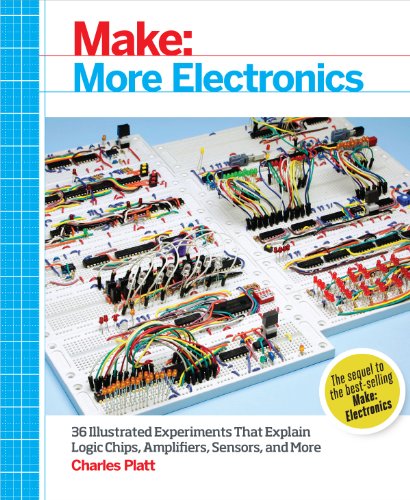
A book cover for Make: More Electronics: Journey Deep Into the World of Logic Chips, Amplifiers, Sensors, and Randomicity; Charles Platt; Engineering & Transportation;